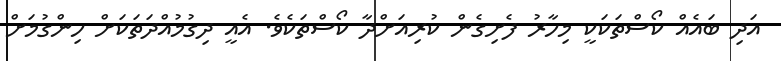
އަދި ބައެއް ކޯސްތަކަކީ މިހާރު ފެށިގެން ކުރިއަށްދާ ކޯސްތަކެވެ. އެއީ ދިގުމުއްދަތަކަށް ހިންގުމަށް